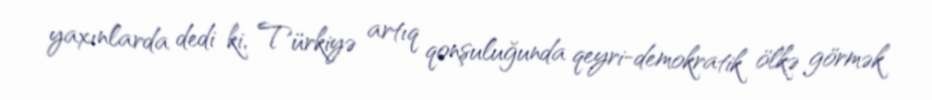
yaxınlarda dedi ki, Türkiyə artıq qonşuluğunda qeyri-demokratik ölkə görmək